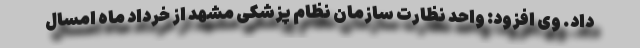
داد. وی افزود: واحد نظارت سازمان نظام پزشکی مشهد از خرداد ماه امسال